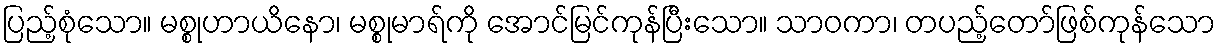
ပြည့်စုံသော။ မစ္စုဟာယိနော၊ မစ္စုမာရ်ကို အောင်မြင်ကုန်ပြီးသော။ သာဝကာ၊ တပည့်တော်ဖြစ်ကုန်သော